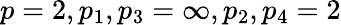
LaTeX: p=2,p_{1},p_{3}=\infty,p_{2},p_{4}=2